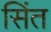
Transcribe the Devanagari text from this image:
सिंत